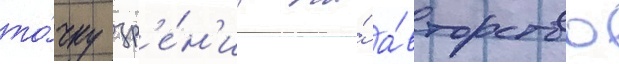
то́чку зр'е́н'иа на́ а́вторство